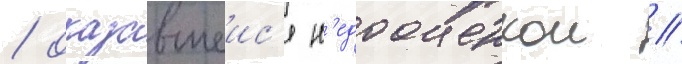
/ оказавшеис'я н'едооценкои //